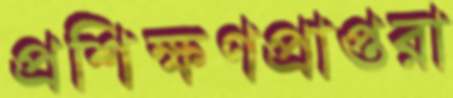
প্রশিক্ষণপ্রাপ্তরা